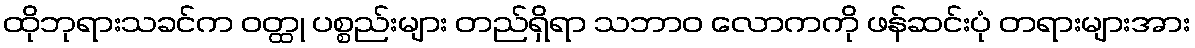
ထိုဘုရားသခင်က ဝတ္ထု ပစ္စည်းများ တည်ရှိရာ သဘာဝ လောကကို ဖန်ဆင်းပုံ တရားများအား